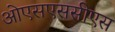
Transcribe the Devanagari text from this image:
ओएसएससीएस